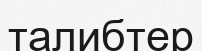
талибтер